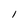
Character: I